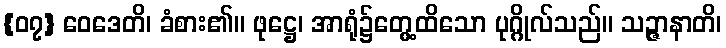
{၀၇} ဝေဒေတိ၊ ခံစား၏။ ဖုဋ္ဌေ၊ အာရုံ၌တွေ့ထိသော ပုဂ္ဂိုလ်သည်။ သဉ္ဇာနာတိ၊